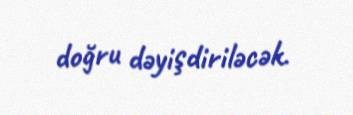
doğru dəyişdiriləcək.